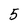
Character: 5